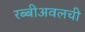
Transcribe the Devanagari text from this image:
रब्बीअवलची